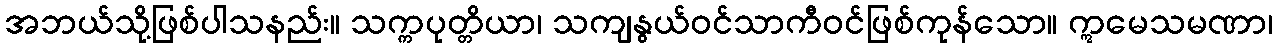
အဘယ်သို့ဖြစ်ပါသနည်း။ သက္ကပုတ္တိယာ၊ သကျနွယ်ဝင်သာကီဝင်ဖြစ်ကုန်သော။ ဣမေသမဏာ၊